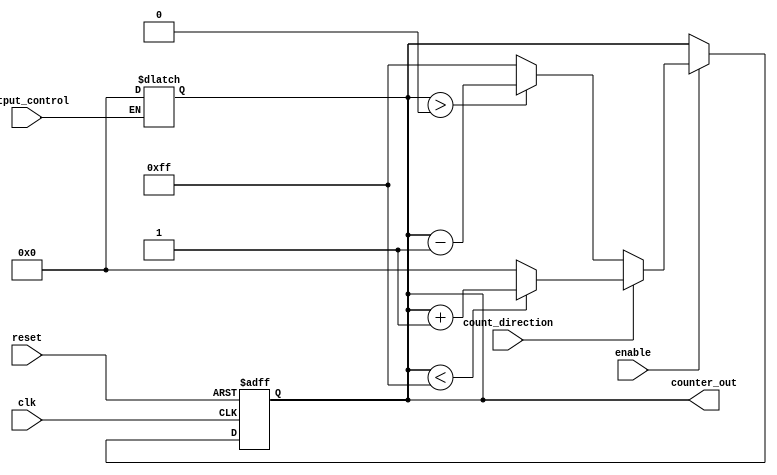
module synchronous_counter (
    input wire clk,                   // Clock input
    input wire reset,                 // Asynchronous reset
    input wire enable,                // Enable counting
    input wire count_direction,       // Count up (1) or down (0)
    input wire output_control,         // Control output
    output reg [7:0] counter_out      // Counter output (8-bit wide)
);

    // Define the maximum and minimum values for the counter
    parameter MAX_COUNT = 8'hFF;      // Maximum count value (255)
    parameter MIN_COUNT = 8'h00;      // Minimum count value (0)
    parameter INITIAL_VALUE = 8'h00;  // Initial value on reset

    // Synchronous counter logic
    always @(posedge clk or posedge reset) begin
        if (reset) begin
            counter_out <= INITIAL_VALUE; // Reset to initial value
        end else if (enable) begin
            if (count_direction) begin
                // Count up
                if (counter_out < MAX_COUNT) begin
                    counter_out <= counter_out + 1;
                end else begin
                    counter_out <= MIN_COUNT; // Wrap around
                end
            end else begin
                // Count down
                if (counter_out > MIN_COUNT) begin
                    counter_out <= counter_out - 1;
                end else begin
                    counter_out <= MAX_COUNT; // Wrap around
                end
            end
        end
    end

    // Output control logic
    reg [7:0] output_value;

    always @(*) begin
        if (output_control) begin
            output_value = counter_out; // Output current counter value
        end else begin
            output_value = INITIAL_VALUE; // Output held state (e.g., zero)
        end
    end

    // Assign the output value to the output port
    assign counter_out = output_value;

endmodule